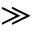
\gg